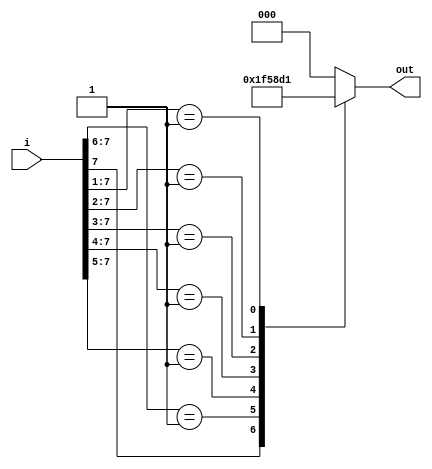
`timescale 1ns / 1ps
//////////////////////////////////////////////////////////////////////////////////
// Company: 
// Engineer: 
// 
// Design Name: 
// Module Name: encoder
// Project Name: 
// Target Devices: 
// Tool Versions: 
// Description: 
// 
// Dependencies: 
// 
// Revision:
// Revision 0.01 - File Created
// Additional Comments:
// 
//////////////////////////////////////////////////////////////////////////////////


module encoder
    ( i,
      out
    );
    
    input  [7:0] i;
    output [2:0] out;

    reg [2:0] out;
    
    // Design implementation of Priority Encoder
    // Because a priority encoder generates an output depending on the high bit's position
    // one can use a CASEX statement to generate an output based solely on the position 
    // of the bit. Any other bit values can be ignored by using 'X'. 
    always @( * ) 
      begin
        casex ( i )    
          8'b1XXXXXXX:  out = 3'b111;
          8'b01XXXXXX:  out = 3'b110;
          8'b001XXXXX:  out = 3'b101;
          8'b0001XXXX:  out = 3'b100;
          8'b00001XXX:  out = 3'b011;
          8'b000001XX:  out = 3'b010;
          8'b0000001X:  out = 3'b001;
          8'b00000000:  out = 3'b000;
          default:      out = 3'b000;     
        endcase
      end
endmodule